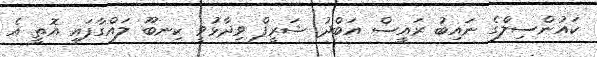
ކައުންސިލްގެ ނައިބު ރައީސް އަބްދު ޝަރީފް ވިދާޅުވީ ކިނބޫ ލައްގާފައި އޮތީ އެ